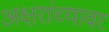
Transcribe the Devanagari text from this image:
अक्षरांच्यावर